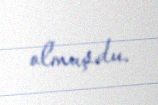
olmuşdu.